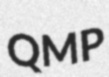
QMP